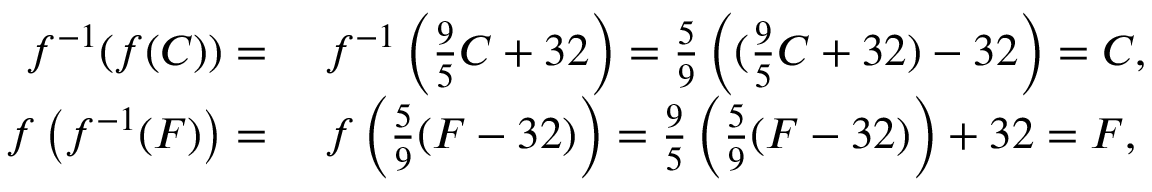
\begin{array} { r l } { f ^ { - 1 } ( f ( C ) ) = { } } & { { } f ^ { - 1 } \left( { \frac { 9 } { 5 } } C + 3 2 \right) = { \frac { 5 } { 9 } } \left( ( { \frac { 9 } { 5 } } C + 3 2 ) - 3 2 \right) = C , } \\ { f \left( f ^ { - 1 } ( F ) \right) = { } } & { { } f \left( { \frac { 5 } { 9 } } ( F - 3 2 ) \right) = { \frac { 9 } { 5 } } \left( { \frac { 5 } { 9 } } ( F - 3 2 ) \right) + 3 2 = F , } \end{array}